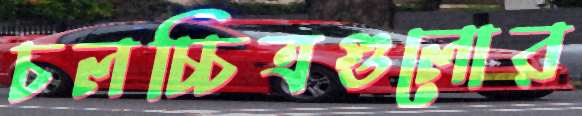
চলচ্চিত্রগুলোর